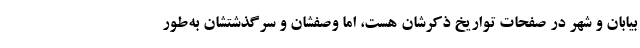
بیابان و شهر در صفحات تواریخ ذکرشان هست، اما وصفشان و سرگذشتشان به‌طور